Rae_vallavalitsus, lk 82
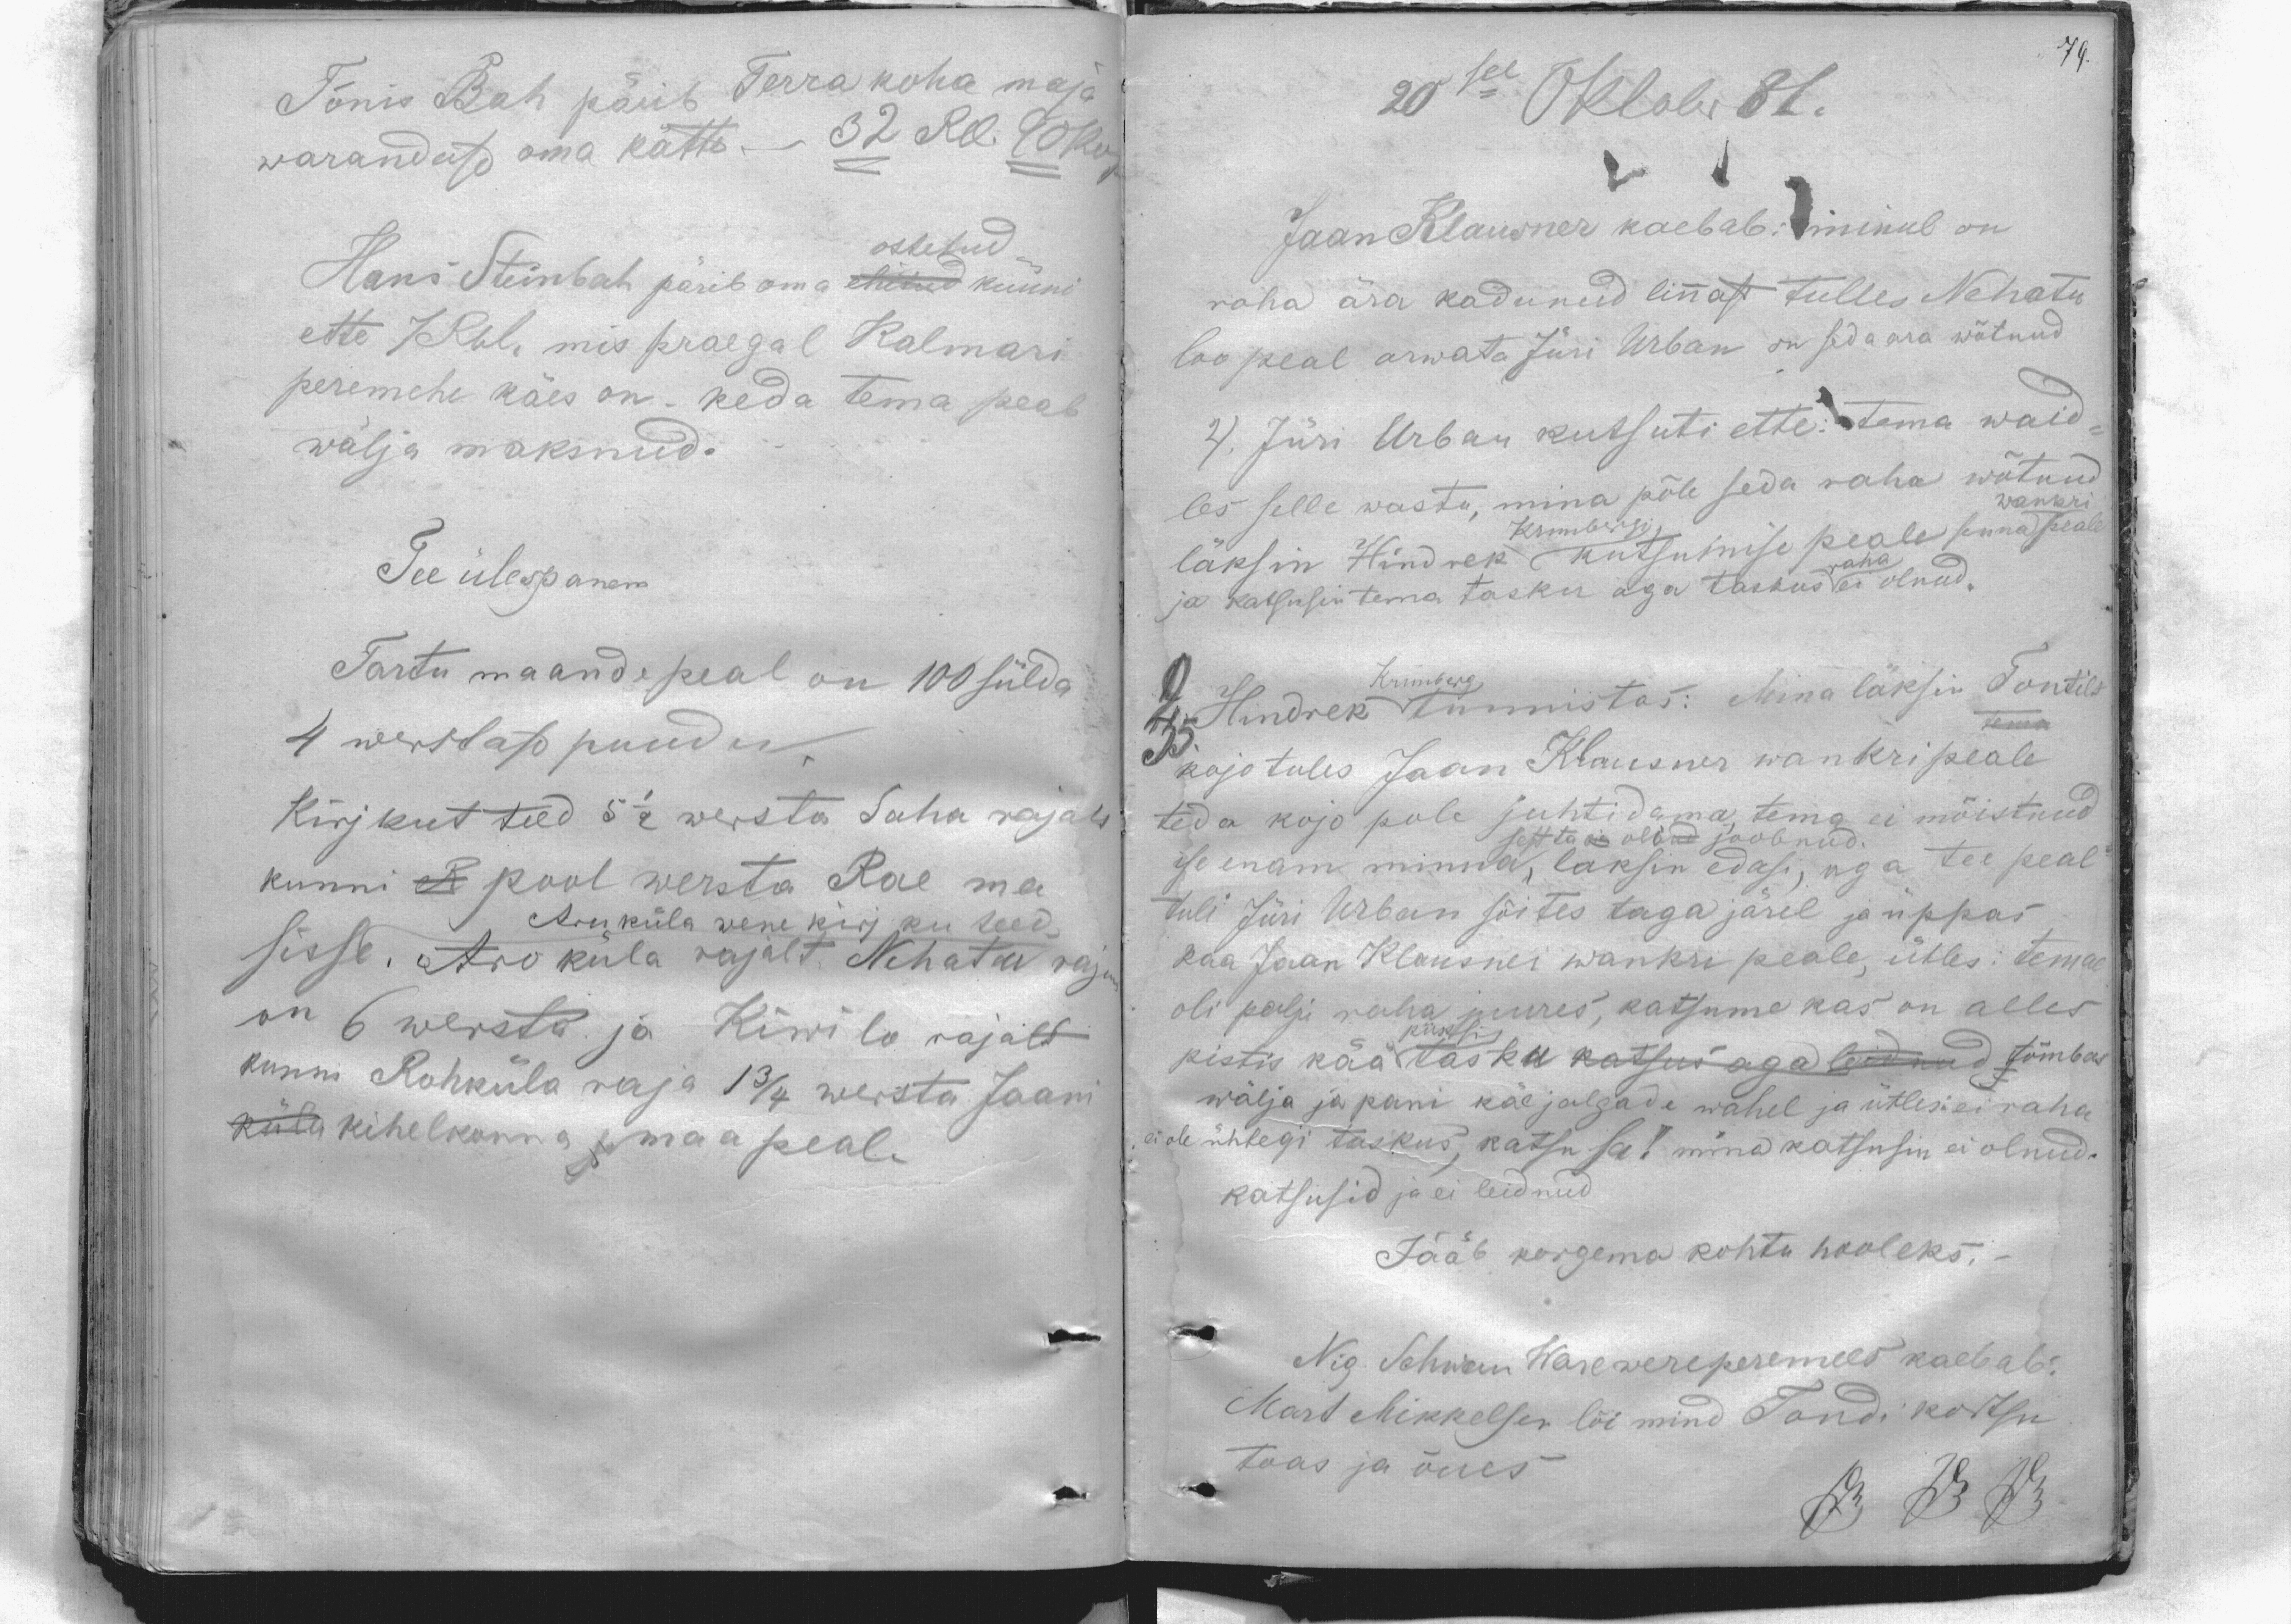
79.

Tõnis Bah pärib Terra koha maja
warandusd oma kätte. 32 Rbl. 90 kop
Hans Steinbah pärib oma ehitud küüni
ostetud
ette 7 Rbl. mis praegal Kalmari
peremehe käes on. keda tema peab
wälja maksnud.
Tee ülespanem
Tartu maande peal on 100 sülda
4 werstast puudu.
Kirjkut teed 5 1/2 wersta Saha rajalt
kunni R pool wersta Rae ma
sisse. Aro küla rajalt Nehatu rajani
Aruküla wene kirjku teed.
on 6 wersta ja Kiwilo rajalt
kunni Rohküla raja 1 3/4 wersta Jaani
küla kihelkonna smaa peale

20sel Oktobr 81.
Jaan Klausner kaebab: minul on
raha ära kadunud linnast tulles Nehatu
loo peal arwata Jüri Urban on seda ara wõtnud
2). Jüri Urban kutsuti ette: tema waid
les selle wastu, mina põle seda raha wõtnud
wankri
läksin Hindrek kutsumise peale senna peale
Krunbergi
ja katsusin tema tasku aga taskus raha ei olnud.
2. Hindrek Krunberg tunnistas: Mina läksin Tontilt
Tema
kojo tules Jaan Klausner wankri peale
teda kojo pole juhtidama tema ei mõistnud
sest ta ei oli joobnud.
ise enam minna, laksin edasi, aga tee peal
tuli Jüri Urban sõites taga järel ja üppas
kaa Jaan Klausner wankri peale, ütles: temal
oli palju raha juures, katsume kas on alles
püksi
pistis kää tasku katsus aga leidnud tõmbas
wälja ja pani käe jalgade wahel ja ütles: ei raha
ei ole ühtegi taskus, katsu sa! mina katsusin ei olnud.
katsusid ja ei leidnud
Jääb korgema kohtu hooleks.
Nig Schwan Wasewere peremees kaebab:
Mart Mikkelsen lõi mind Tondi kortsu
toas ja õues